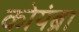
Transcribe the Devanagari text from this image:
कोयंब्रा